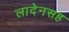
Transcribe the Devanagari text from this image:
लादेनसह